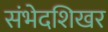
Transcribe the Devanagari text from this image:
संभेदशिखर